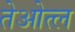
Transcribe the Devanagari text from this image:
तेओत्ल